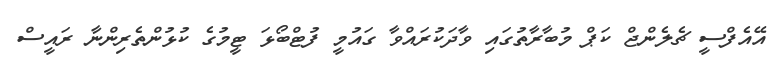
އޭއެފްސީ ޗެލެންޖް ކަޕް މުބާރާތުގައި ވާދަކުރައްވާ ގައުމީ ފުޓްބޯޅަ ޓީމުގެ ކުޅުންތެރިންނާ ރައީސް